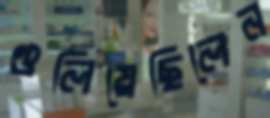
গুলিয়েছিলেন